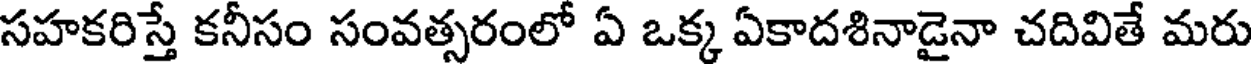
సహకరిస్తే కనీసం సంవత్సరంలో ఏ ఒక్క ఏకాదశినాడైనా చదివితే మరు